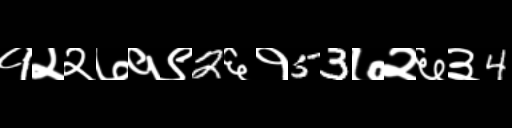
Text: १२२७१९2६१53७२६३4